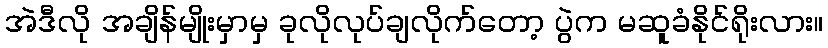
အဲဒီလို အချိန်မျိုးမှာမှ ခုလိုလုပ်ချလိုက်တော့ ပွဲက မဆူခံနိုင်ရိုးလား။